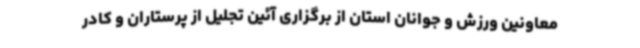
معاونین ورزش و جوانان استان از برگزاری آئین تجلیل از پرستاران و کادر